65_HS1-834228961_62-HQ-83894_Section_2
Agency: FBI
Page 104
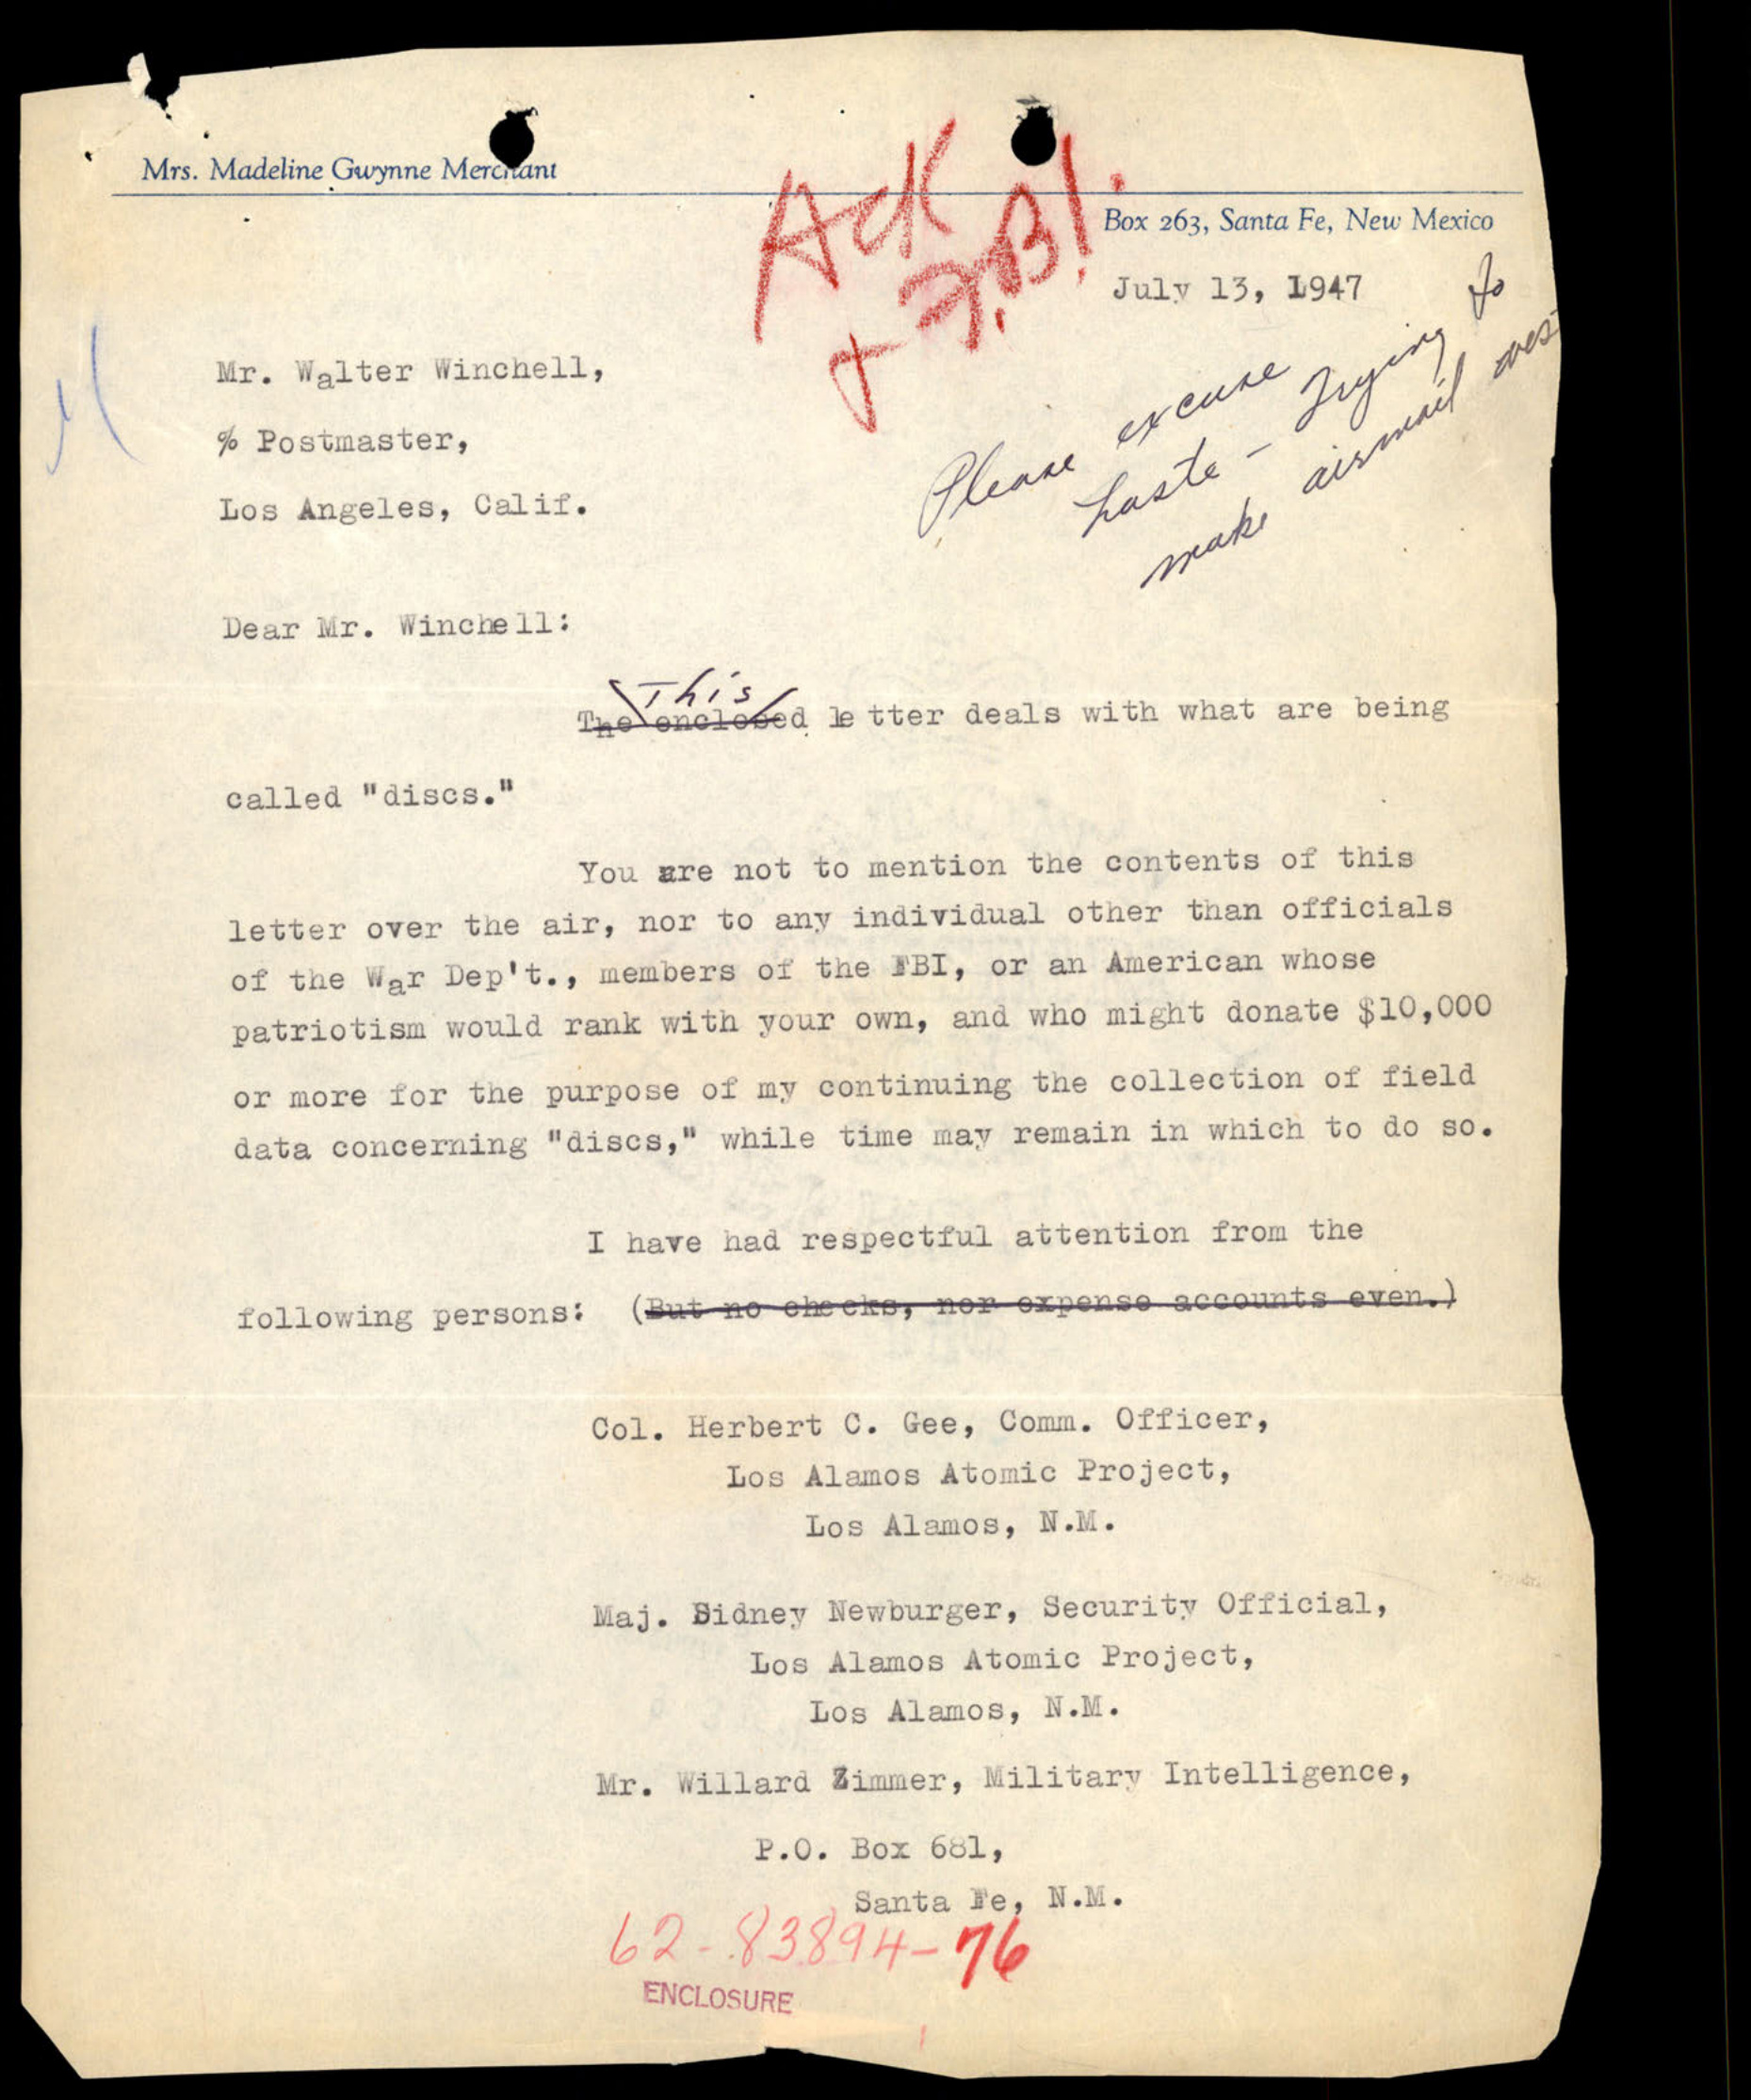